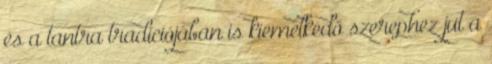
és a tantra tradíciójában is kiemelkedő szerephez jut a